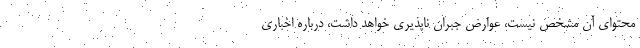
محتوای آن مشخص نیست، عوارض جبران ناپذیری خواهد داشت، درباره اخباری